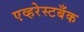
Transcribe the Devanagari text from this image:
एव्हरेस्टबँक